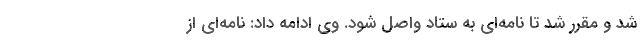
شد و مقرر شد تا نامه‌ای به ستاد واصل شود. وی ادامه داد: نامه‌ای از